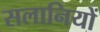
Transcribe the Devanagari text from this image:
सलानियों